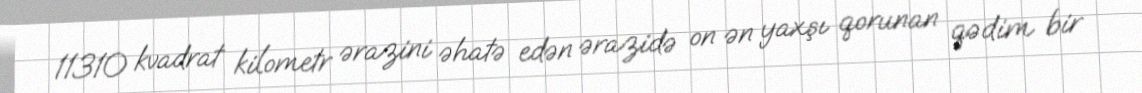
11310 kvadrat kilometr ərazini əhatə edən ərazidə on ən yaxşı qorunan qədim bir